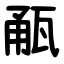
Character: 㼧